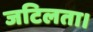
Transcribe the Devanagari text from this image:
जटिलता।